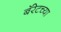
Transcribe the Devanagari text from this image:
बॅरेटच्या